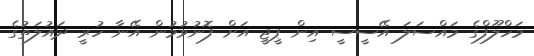
މަހްލޫފްގެ މައްސަލަ އޭސީސީ އިން ޕީޖީ އަށް ފޮނުވުމުން އޭނާ ހުރީ ދައުލަތުގެ